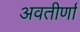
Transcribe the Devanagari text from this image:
अवतीर्णा